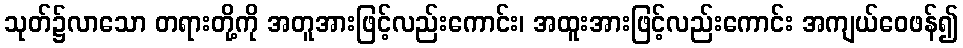
သုတ်၌လာသော တရားတို့ကို အတူအားဖြင့်လည်းကောင်း၊ အထူးအားဖြင့်လည်းကောင်း အကျယ်ဝေဖန်၍